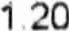
1.20